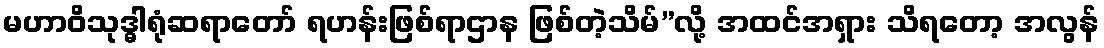
မဟာဝိသုဒ္ဓါရုံဆရာတော် ရဟန်းဖြစ်ရာဌာန ဖြစ်တဲ့သိမ်”လို့ အထင်အရှား သိရတော့ အလွန်